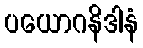
ပယောဂနိဒါနံ